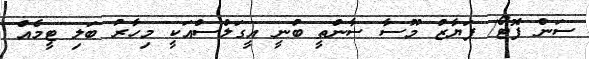
ސަން ފޮޓޯ/ ފަޔާޒު މޫސާ ސާންތީ ބުނީ އީގަލްސްއަކީ މިހާރު ބަލި ޓީމެއް